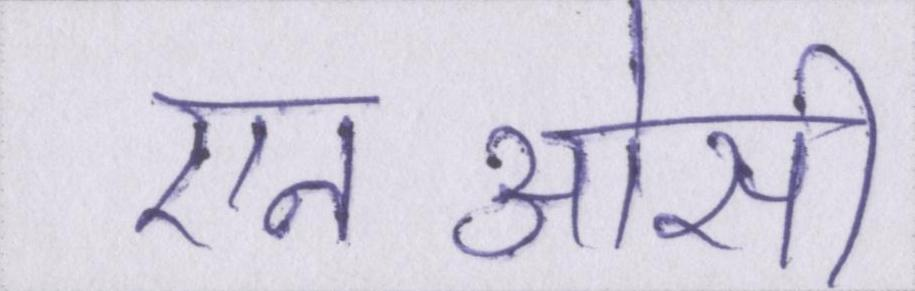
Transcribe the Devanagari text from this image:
एनओसी